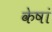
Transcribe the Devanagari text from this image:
केषां